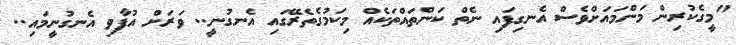
"މީގެކުރިން މަންމައަށްވެސް އެނގިފައި ނެތް ކަންތައްތަކެއް މިކަމުގެތެރޭގައި އެނގުނީ.. ވަރަށް އުފާވި އެނގުނީމައި..